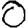
Digit: 0